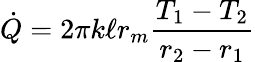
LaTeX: {\dot{Q}}=2\pi k\ell r_{m}{\frac{T_{1}-T_{2}}{r_{2}-r_{1}}}